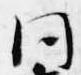
同